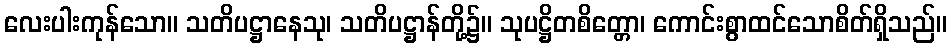
လေးပါးကုန်သော။ သတိပဋ္ဌာနေသု၊ သတိပဋ္ဌာန်တို့၌။ သုပဋ္ဌိတစိတ္တော၊ ကောင်းစွာထင်သောစိတ်ရှိသည်။